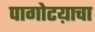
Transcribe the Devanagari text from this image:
पागोटय़ाचा